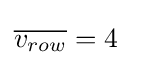
{\overline {v_{row}}}=4\